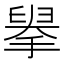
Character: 𦥹